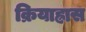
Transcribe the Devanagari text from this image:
क्रियाह्रास